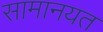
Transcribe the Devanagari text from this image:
सामानयत